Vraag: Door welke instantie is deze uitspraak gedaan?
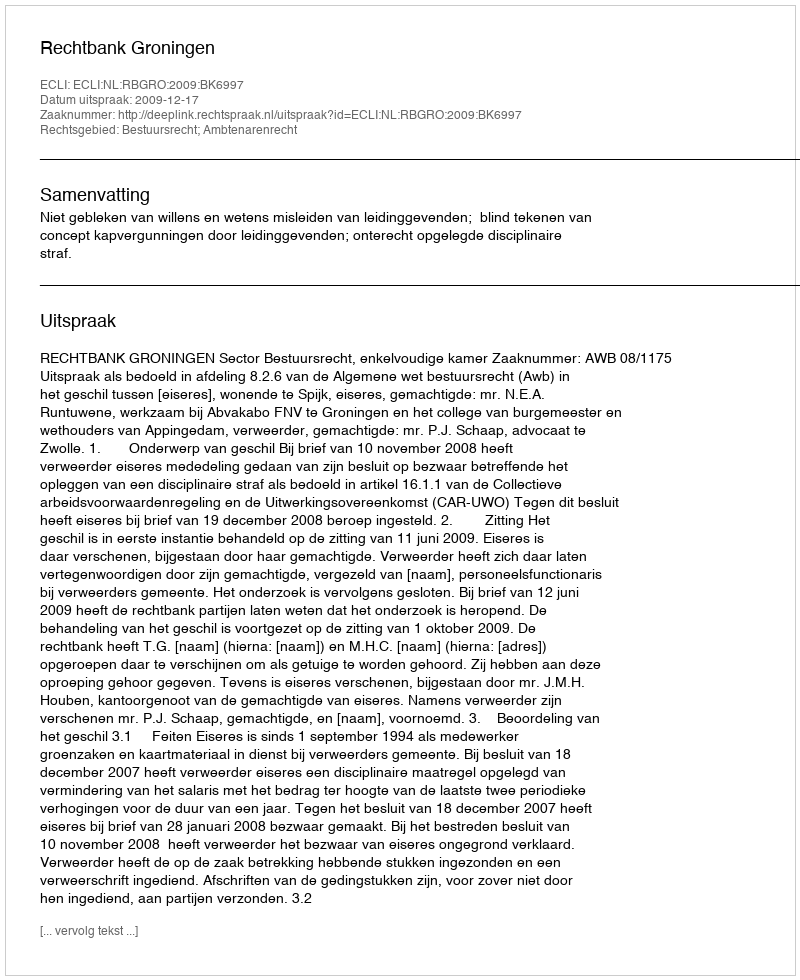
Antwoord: Rechtbank Groningen